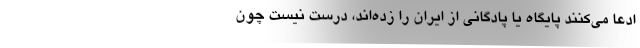
ادعا می‌کنند پایگاه یا پادگانی از ایران را زده‌اند، درست نیست چون